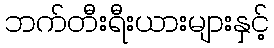
ဘက်တီးရီးယားများနှင့်